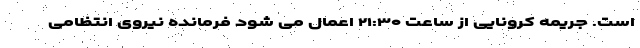
است. جریمه کرونایی از ساعت ۲۱:۳۰ اعمال می شود فرمانده نیروی انتظامی